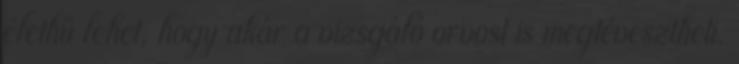
élethű lehet, hogy akár a vizsgáló orvost is megtévesztheti.